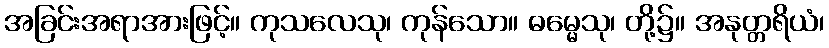
အခြင်းအရာအားဖြင့်။ ကုသလေသု၊ ကုန်သော။ ဓမ္မေသု၊ တို့၌။ အနုတ္တရိယံ၊